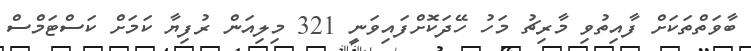
ބާވަތްތަކަށް ފާއިތުވި މާރިޗު މަހު ހޭދަކޮށްފައިވަނީ 321 މިލިއަން ރުފިޔާ ކަމަށް ކަސްޓަމްސް